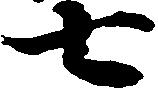
七